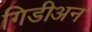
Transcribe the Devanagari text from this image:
गिडीअन